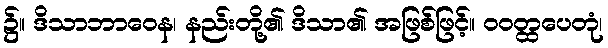
၌။ ဒိသာဘာဝေန၊ နည်းတို့၏ ဒိသာ၏ အဖြစ်ဖြင့်။ ဝဝတ္ထပေတုံ၊